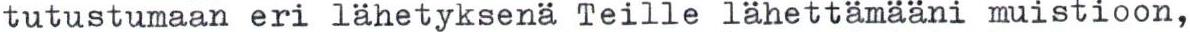
tutustumaan eri lähetyksenä Teille lähettämääni muistioon,